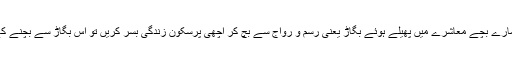
حالانکہ سبھی والدین کی یہ سوچ اور فکر ہوتی ہے کہ ہمارے بچے معاشرے میں پھیلے ہوئے بگاڑ یعنی رسم و رواج سے بچ کر اچھی پُرسکون زندگی بسر کریں تو اس بگاڑ سے بچنے کے لیے عملی طور پر کوئی خاص اقدام بھی نہیں کیا جاتا۔